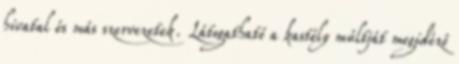
hivatal és más szervezetek. Látogatható a kastély múltját megidéző